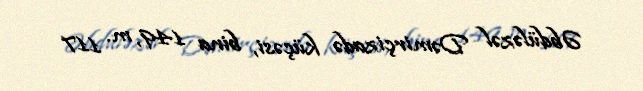
Əbdüləzəl Dəmirçizadə küçəsi, bina 149, m. 117